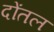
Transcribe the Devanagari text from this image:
दोंतल